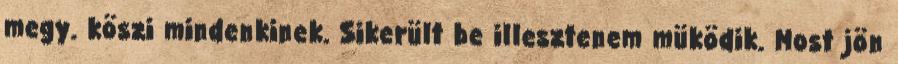
megy. köszi mindenkinek. Sikerült be illesztenem müködik. Most jön